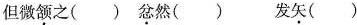
但微颔之()忿然（）发矢（）